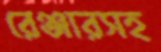
রেঞ্জারসহ